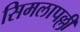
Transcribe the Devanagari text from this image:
सिमलापल्ली